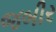
જબીર